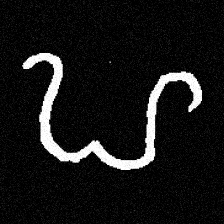
Pyu character \u2014 Myanmar letter: ဟ (romanized: ha)